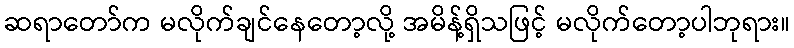
ဆရာတော်က မလိုက်ချင်နေတော့လို့ အမိန့်ရှိသဖြင့် မလိုက်တော့ပါဘုရား။